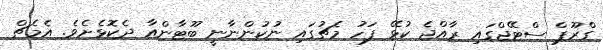
ގްރޫޕް ސްޓޭޖްގައި ރާއްޖެ ކުޅޭ ފަހު މެޗުގައި ނުކުންނާނީ ބޫޓާންއާ ދެކޮޅެށެވެ. އެމެޗް